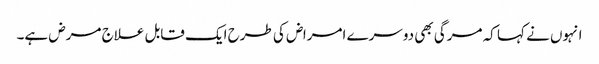
انہوں نے کہا کہ مرگی بھی دوسرے امراض کی طرح ایک قابل علاج مرض ہے۔